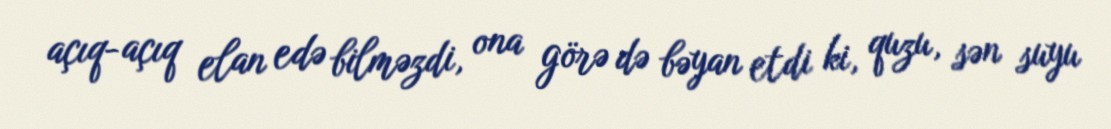
açıq-açıq elan edə bilməzdi, ona görə də bəyan etdi ki, quzu, sən suyu